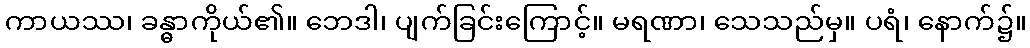
ကာယဿ၊ ခန္ဓာကိုယ်၏။ ဘေဒါ၊ ပျက်ခြင်းကြောင့်။ မရဏာ၊ သေသည်မှ။ ပရံ၊ နောက်၌။